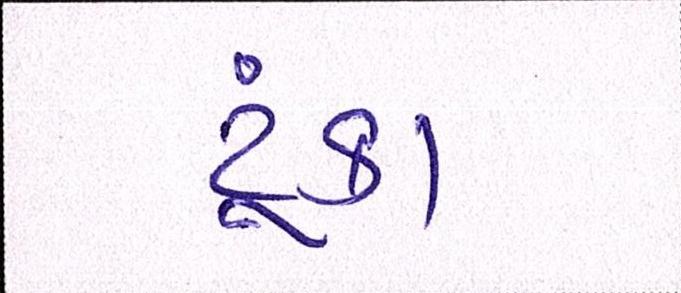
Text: ટૂંકા